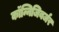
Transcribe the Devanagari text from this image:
कॉन्निजिबर्जर